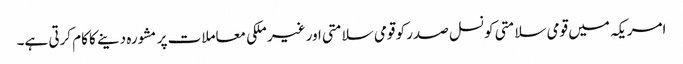
امریکہ میں قومی سلامتی کونسل صدر کو قومی سلامتی اور غیر ملکی معاملات پر مشورہ دینے کا کام کرتی ہے۔